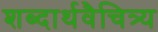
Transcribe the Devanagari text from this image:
शब्दार्थवैचित्र्य